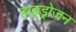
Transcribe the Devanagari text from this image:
हाइड्रोज़न